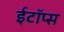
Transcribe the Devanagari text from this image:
ईटॉप्स